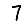
Digit: 7